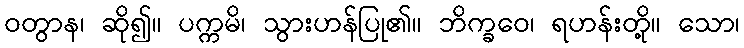
ဝတွာန၊ ဆို၍။ ပက္ကမိ၊ သွားဟန်ပြု၏။ ဘိက္ခဝေ၊ ရဟန်းတို့။ သော၊